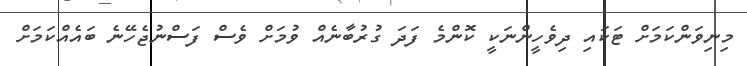
މިނިވަންކަމަށް ޓަކައި ދިވެހީންނަކީ ކޮންމެ ފަދަ ގުރުބާނެއް ވުމަށް ވެސް ފަސްނުޖެހޭނެ ބައެއްކަމަށް